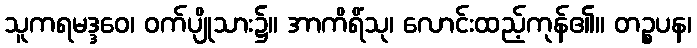
သူကရမဒ္ဒဝေ၊ ဝက်ပျိုသား၌။ အာကိရိံသု၊ လောင်းထည့်ကုန်၏။ တဉ္စပန၊